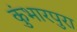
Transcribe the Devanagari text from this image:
कुंभारपुरा